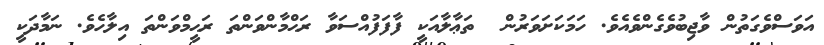
އަވަސްވެގަތުން ވާޖިބުވެގެންވެއެވެ. ހަމަކަށަވަރުން  ތަޢާލާއަކީ ފާފަފުއްސަވާ ރަޙްމާންވަންތަ ރަޙީމްވަންތަ އިލާހެވެ. ނަމާދަކީ